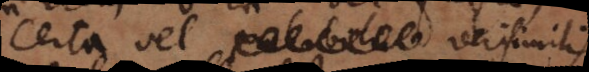
certa vel verisimilis.